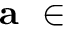
{ \textbf { a } } \in